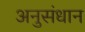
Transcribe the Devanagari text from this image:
अनुसंधान